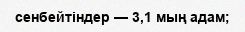
сенбейтіндер — 3,1 мың адам;